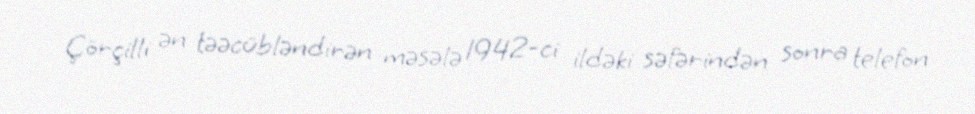
Çörçilli ən təəcübləndirən məsələ 1942-ci ildəki səfərindən sonra telefon